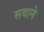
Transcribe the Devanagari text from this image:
सवाने